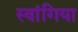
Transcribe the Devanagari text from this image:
स्वांगिया